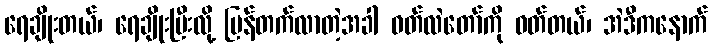
ရေချိုးတယ်၊ ရေချိုးပြီးလို့ ပြန်တက်လာတဲ့အခါ ဝတ်လဲတော်ကို ဝတ်တယ်၊ အဲဒီကနောက်